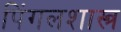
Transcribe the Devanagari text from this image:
पिंगलशास्त्र